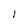
Character: l